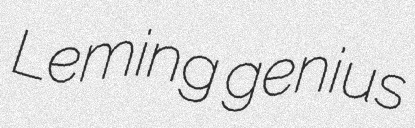
Leming genius